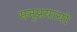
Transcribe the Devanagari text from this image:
सम्प्रयायों